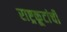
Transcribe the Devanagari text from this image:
राष्ट्रकूटांची